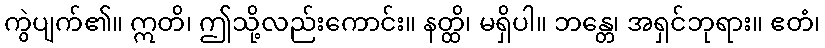
ကွဲပျက်၏။ ဣတိ၊ ဤသို့လည်းကောင်း။ နတ္ထိ၊ မရှိပါ။ ဘန္တေ၊ အရှင်ဘုရား။ ဧတံ၊